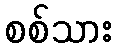
စစ်သား